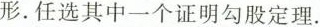
形.任选其中一个证明勾股定理.